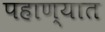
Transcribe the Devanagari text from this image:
पहाण्यात